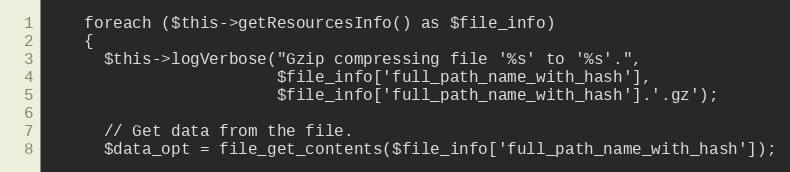
Language: PHP
    foreach ($this->getResourcesInfo() as $file_info)
    {
      $this->logVerbose("Gzip compressing file '%s' to '%s'.",
                        $file_info['full_path_name_with_hash'],
                        $file_info['full_path_name_with_hash'].'.gz');

      // Get data from the file.
      $data_opt = file_get_contents($file_info['full_path_name_with_hash']);